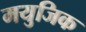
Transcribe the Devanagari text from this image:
मयुजिक